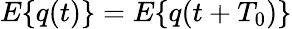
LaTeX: E\{ q(t)\} =E\{ q(t+T_{0})\}